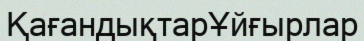
ҚағандықтарҰйғырлар